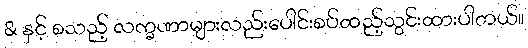
& နှင့် စသည့် လက္ခဏာများလည်းပေါင်းစပ်ထည့်သွင်းထားပါတယ်။